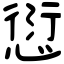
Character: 愆